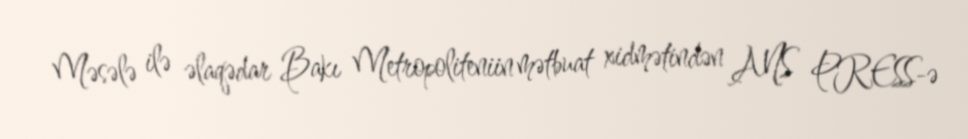
Məsələ ilə əlaqədar Bakı Metropoliteniin mətbuat xidmətindən ANS PRESS-ə